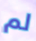
لم